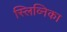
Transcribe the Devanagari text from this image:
स्लिव्निका